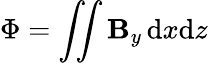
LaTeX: \Phi=\int\! \! \! \int\mathbf{B}_{y}\, {\mathrm{d}}x{\mathrm{d}}z